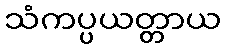
သံကပ္ပယတ္တာယ